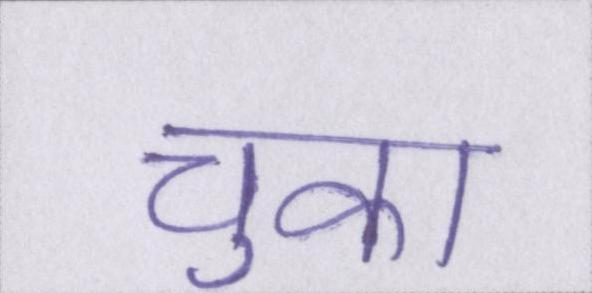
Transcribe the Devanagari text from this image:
चुका